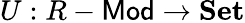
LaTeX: U:R-{\mathsf{Mod}}\to{\textbf{Set}}